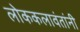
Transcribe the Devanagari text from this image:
लोककलावंतांनी